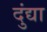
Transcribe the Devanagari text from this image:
दुंद्या